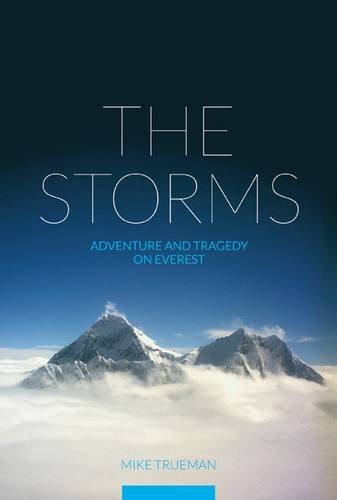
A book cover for The Storms: Adventure and Tragedy on Everest; Mike Trueman; Science & Math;